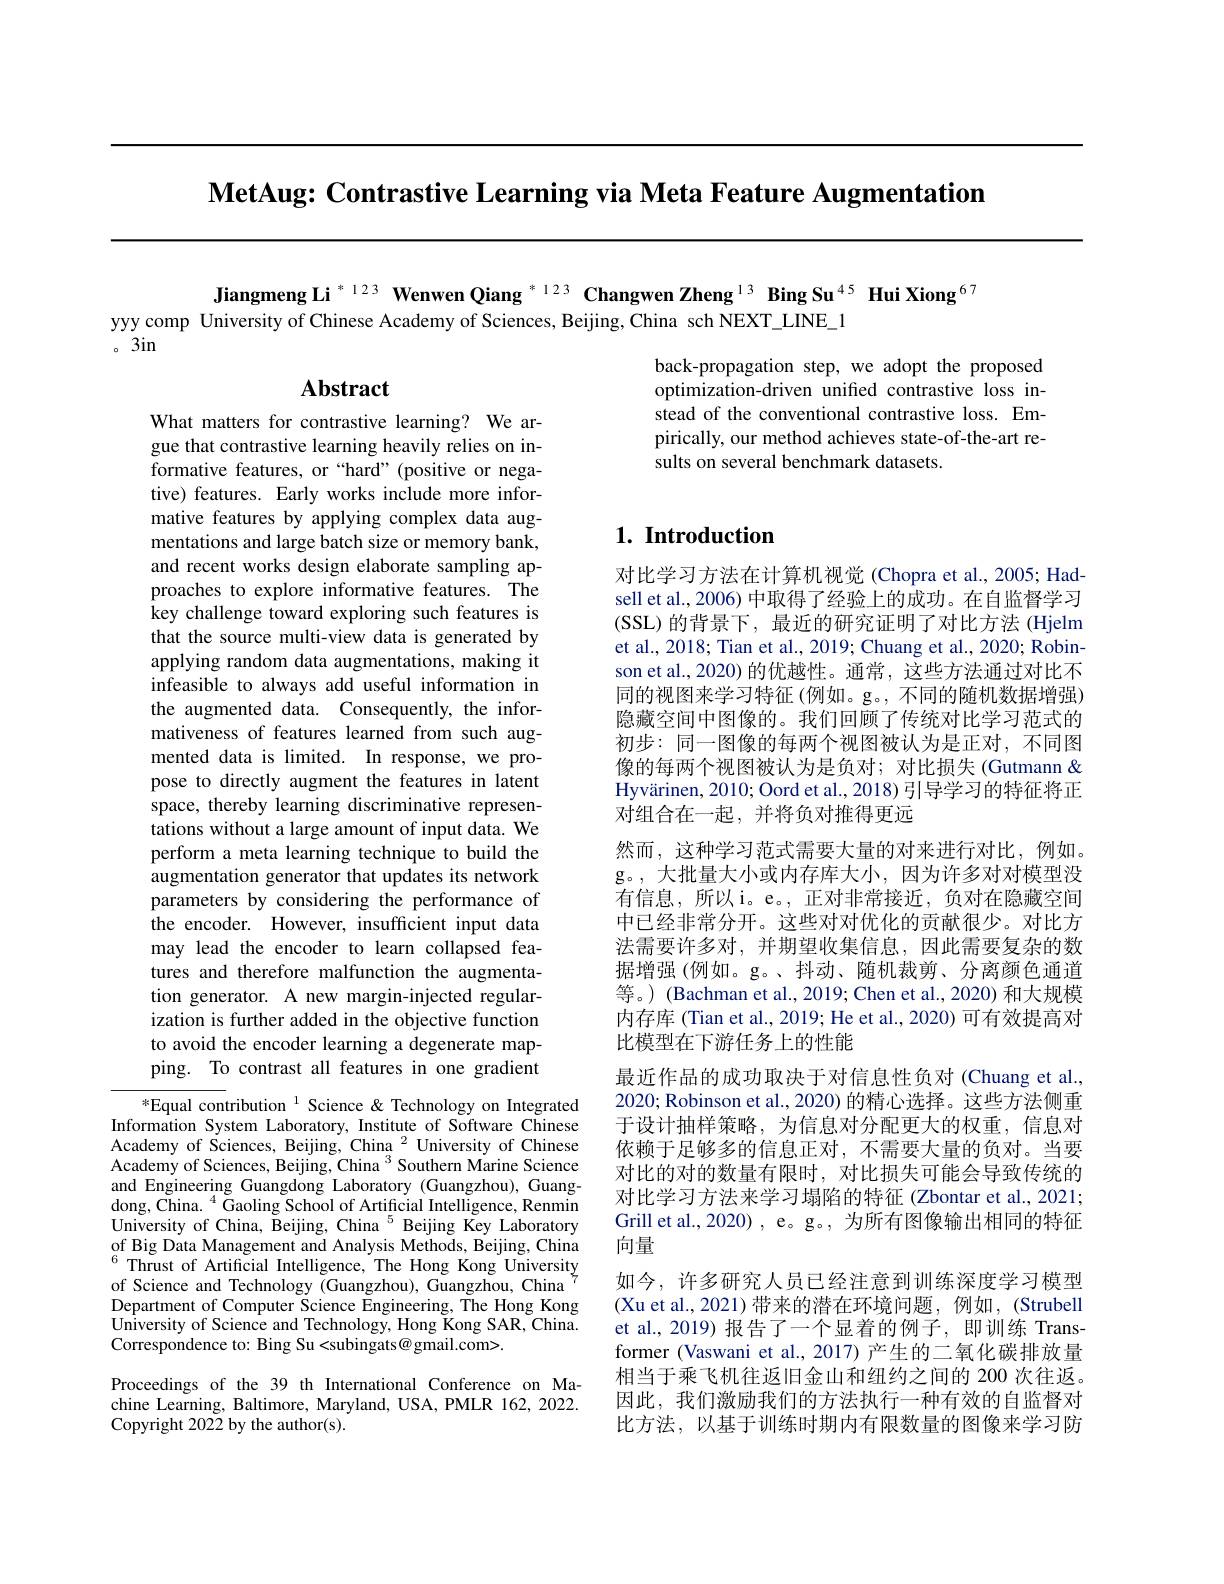
$\textbf{MetAug: Contrastive Learning via Meta Feature Augmentation}$

Jiangmeng Li$^{*123}$ Wenwen Qiang $^{*123}$ Changwen Zheng$^{13}$ Bing Su$^{45}$ Hui Xiong$^{67}$
yyy comp University of Chinese Academy of Sciences, Beijing, China sch NEXT\_LINE\_1

$。3in$

## $\mathbf{Abstract}$

back-propagation step, we adopt the proposed optimization-driven unified contrastive loss instead of the conventional contrastive loss. Empirically, our method achieves state-of-the-art results on several benchmark datasets.

## $1. \textbf{Introduction}$

What matters for contrastive learning? We argue that contrastive learning heavily relies on informative features, or “hard”(positive or negative) features. Early works include more informative features by applying complex data augmentations and large batch size or memory bank, and recent works design elaborate sampling approaches to explore informative features. The key challenge toward exploring such features is that the source multi-view data is generated by applying random data augmentations, making it infeasible to always add useful information in the augmented data. Consequently, the informativeness of features learned from such augmented data is limited. In response, we propose to directly augment the features in latent space, thereby learning discriminative representations without a large amount of input data. We perform a meta learning technique to build the augmentation generator that updates its network parameters by considering the performance of the encoder. However, insufficient input data may lead the encoder to learn collapsed features and therefore malfunction the augmentation generator. A new margin-injected regularization is further added in the objective function to avoid the encoder learning a degenerate mapping. To contrast all features in one gradient $^{*}$Equal contribution$^{1}$ Science&Technology on Integrated

对比学习方法在计算机视觉(Chopra et al., 2005; Hadsell et al., 2006) 中取得了经验上的成功。在自监督学习(SSL) 的背景下，最近的研究证明了对比方法 (Hjelm et al., 2018; Tian et al., 2019; Chuang et al., 2020; Robinson et al., 2020) 的优越性。通常，这些方法通过对比不同的视图来学习特征 (例如。g。, 不同的随机数据增强) 隐藏空间中图像的。我们回顾了传统对比学习范式的初步：同一图像的每两个视图被认为是正对，不同图像的每两个视图被认为是负对；对比损失(Gutmann & Hyvärinen, 2010; Oord et al., 2018) 引导学习的特征将正对组合在一起，并将负对推得更远
然而，这种学习范式需要大量的对来进行对比，例如。g。,大批量大小或内存库大小，因为许多对对模型没有信息，所以i。e。,正对非常接近，负对在隐藏空间中已经非常分开。这些对对优化的贡献很少。对比方法需要许多对，并期望收集信息，因此需要复杂的数据增强(例如。g。、抖动、随机裁剪、分离颜色通道等。) (Bachman et al., 2019; Chen et al., 2020) 和大规模内存库 (Tian et al., 2019; He et al., 2020) 可有效提高对比模型在下游任务上的性能
最近作品的成功取决于对信息性负对(Chuang et al., 2020; Robinson et al., 2020) 的精心选择。这些方法侧重于设计抽样策略，为信息对分配更大的权重，信息对依赖于足够多的信息正对，不需要大量的负对。当要对比的对的数量有限时，对比损失可能会导致传统的对比学习方法来学习塌陷的特征 (Zbontar et al., 2021; Grill et al., 2020) , e。g。, 为所有图像输出相同的特征向量
如今，许多研究人员已经注意到训练深度学习模型(Xu et al., 2021)带来的潜在环境问题，例如，(Strubell et al., 2019) 报告了一个显着的例子，即训练 Transformer (Vaswani et al., 2017) 产生的二氧化碳排放量相当于乘飞机往返旧金山和纽约之间的 200 次往返。因此，我们激励我们的方法执行一种有效的自监督对比方法，以基于训练时期内有限数量的图像来学习防

Information System Laboratory, Institute of Software Chinese Academy of Sciences, Beijing, China $^{2}$ University of Chinese Academy of Sciences, Beijing, China $^{3}$ Southern Marine Science and Engineering Guangdong Laboratory (Guangzhou), Guangdong, China. $^{4}$ Gaoling School of Artificial Intelligence, Renmin University of China, Beijing, China $^{5}$ Beijing Key Laboratory of Big Data Management and Analysis Methods, Beijing, China $^{6}$Thrust of Artificial Intelligence, The Hong Kong University of Science and Technology (Guangzhou), Guangzhou, China $^{7}$ Department of Computer Science Engineering, The Hong Kong University of Science and Technology, Hong Kong SAR, China. Correspondence to: Bing Su<subingats@ gmail.com>.

Proceedings of the 39 th International Conference on Machine Learning, Baltimore, Maryland, USA, PMLR 162, 2022. Copyright 2022 by the author(s).